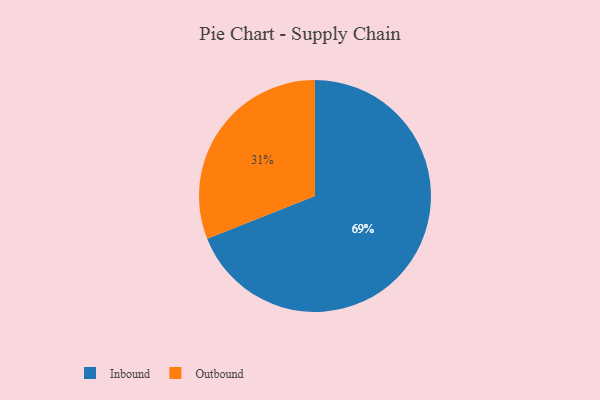
{"axis": {"x": "Category", "y": "Percentage"}, "legend": ["Inbound", "Outbound"], "data": [{"x": "Inbound", "y": 69, "type": "Inbound"}, {"x": "Outbound", "y": 31, "type": "Outbound"}]}